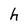
Character: h